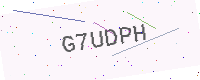
Text: G7UDPH